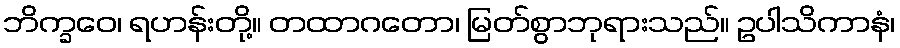
ဘိက္ခဝေ၊ ရဟန်းတို့။ တထာဂတော၊ မြတ်စွာဘုရားသည်။ ဥပါသိကာနံ၊